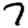
Digit: 7